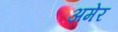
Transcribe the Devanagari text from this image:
अमेर